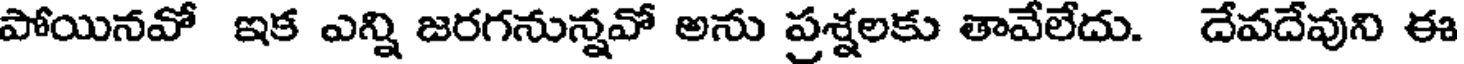
పోయినవో ఇక ఎన్ని జరగనున్నవో అను ప్రశ్నలకు తావేలేదు. దేవదేవుని ఈ